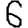
Digit: 6